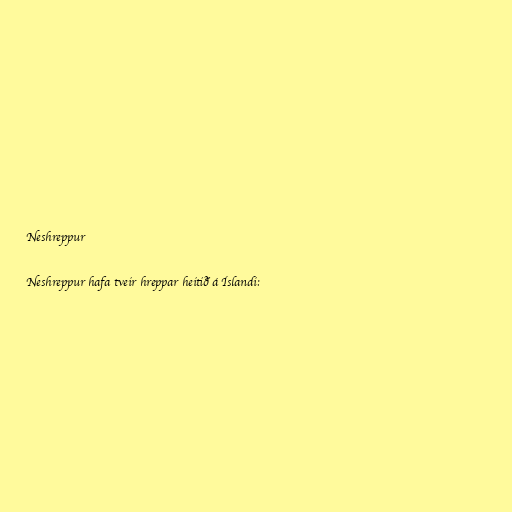
Neshreppur

Neshreppur hafa tveir hreppar heitið á Íslandi: